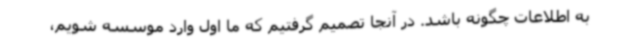
به اطلاعات چگونه باشد. در آنجا تصمیم گرفتیم که ما اول وارد موسسه شویم،